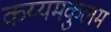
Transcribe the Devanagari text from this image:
कय्यमकुलम